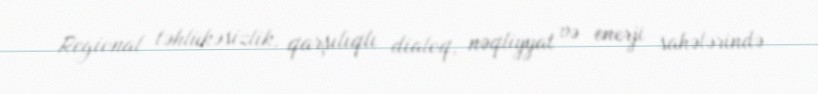
Regional təhlükəsizlik, qarşılıqlı dialoq, nəqliyyat və enerji sahələrində